Civil Veterinary Department. Madras. Admin. report 1926-33 - 1926-1933
Year: 1926
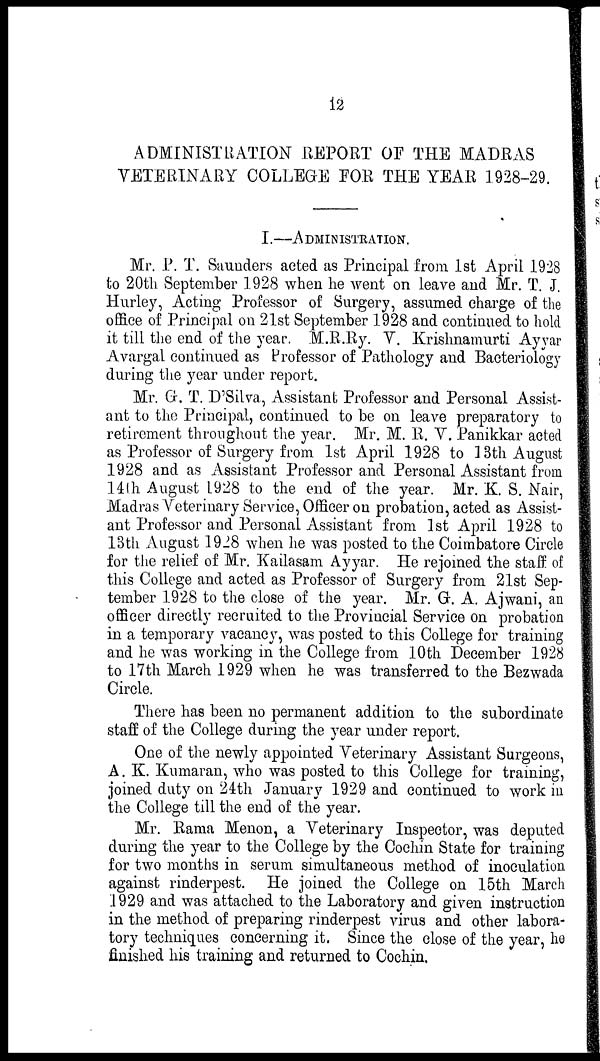
12
ADMINISTRATION REPORT OF THE MADRAS
VETERINARY COLLEGE FOR THE YEAR 1928-29.
I.—ADMINISTRATION.
Mr. P. T. Saunders acted as Principal from 1st April 1928
to 20th September 1928 when he went on leave and Mr. T. J.
Hurley, Acting Professor of Surgery, assumed charge of the
office of Principal on 21st September 1928 and continued to hold
it till the end of the year. M.R.Ry. V. Krishnamurti Ayyar
Avargal continued as Professor of Pathology and Bacteriology
during the year under report.
Mr. G. T. D'Silva, Assistant Professor and Personal Assist-
ant to the Principal, continued to be on leave preparatory to
retirement throughout the year. Mr. M. R. V. Panikkar acted
as Professor of Surgery from 1st April 1928 to 13th August
1928 and as Assistant Professor and Personal Assistant from
14th August 1928 to the end of the year. Mr. K. S. Nair,
Madras Veterinary Service, Officer on probation, acted as Assist-
ant Professor and Personal Assistant from 1st April 1928 to
13th August 1928 when he was posted to the Coimbatore Circle
for the relief of Mr. Kailasam Ayyar. He rejoined the staff of
this College and acted as Professor of Surgery from 21st Sep-
tember 1928 to the close of the year. Mr. G. A. Ajwani, an
officer directly recruited to the Provincial Service on probation
in a temporary vacancy, was posted to this College for training
and he was working in the College from 10th December 1928
to 17th March 1929 when he was transferred to the Bezwada
Circle.
There has been no permanent addition to the subordinate
staff of the College during the year under report.
One of the newly appointed Veterinary Assistant Surgeons,
A. K. Kumaran, who was posted to this College for training,
joined duty on 24th January 1929 and continued to work in
the College till the end of the year.
Mr. Rama Menon, a Veterinary Inspector, was deputed
during the year to the College by the Cochin State for training
for two months in serum simultaneous method of inoculation
against rinderpest. He joined the College on 15th March
1929 and was attached to the Laboratory and given instruction
in the method of preparing rinderpest virus and other labora-
tory techniques concerning it. Since the close of the year, he
finished his training and returned to Cochin.